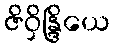
ဇိဝှိန္ဒြိယေ